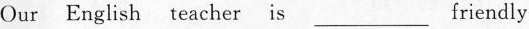
Our English teacher is ___ friendly